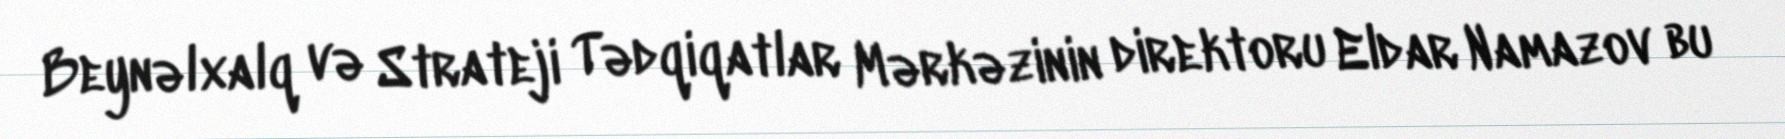
Beynəlxalq və Strateji Tədqiqatlar Mərkəzinin direktoru Eldar Namazov bu